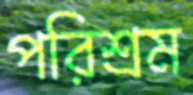
পরিশ্রম